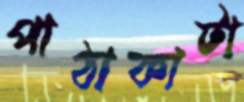
পাঠাকাটা